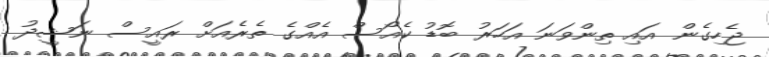
ޖެހިގެން އައި ތިންވަނަ އަހަރު ބޮޑު ކެއޯސް އެެއްގެ ތެރެއަށް ރައީސް ނަޝީދު